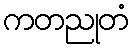
ကတညုတံ